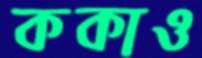
ককাও